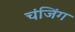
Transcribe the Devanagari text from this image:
चंजिंग